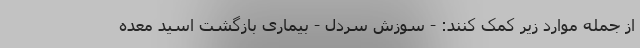
از جمله موارد زیر کمک کنند: - سوزش سردل - بیماری بازگشت اسید معده